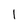
Character: l